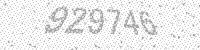
Solution: 929746